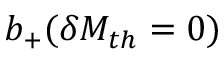
b _ { + } ( \delta M _ { t h } = 0 )